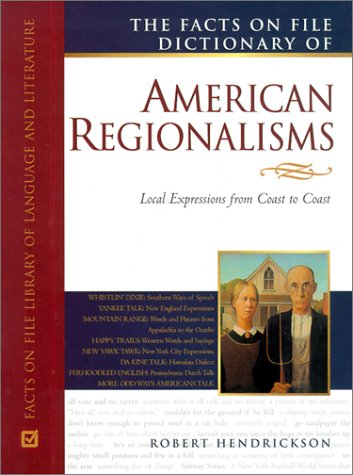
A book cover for American Regionalisms, Facts on File Dictionary of (Facts on File Library of American Literature); Robert Hendrickson; Reference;